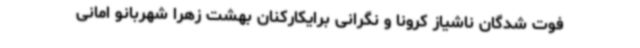
فوت شدگان ناشیاز کرونا و نگرانی برایکارکنان بهشت زهرا شهربانو امانی